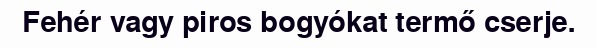
Fehér vagy piros bogyókat termő cserje.